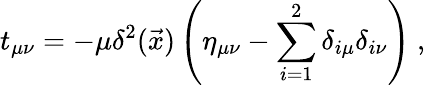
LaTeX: t_{\mu\nu}=-\mu\delta^{2}(\vec{x})\left(\eta_{\mu\nu}-\sum_{i=1}^{2}\delta_{i\mu}\delta_{i\nu}\right)\ ,